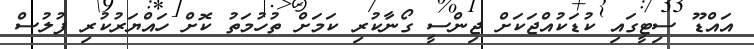
އައްޑޫ ސިޓީގައި ކުޑަކުއްޖަކަށް ޖިންސީ ގޯނާކުރި ކަމަށް ތުހުމަތު ކޮށް ހައްޔަރުކުރި ފުލުސް